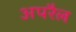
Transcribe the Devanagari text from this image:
अपरैल